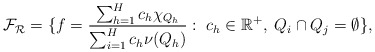
\begin{align*}\mathcal{F}_{\mathcal{R}}&= \{f=\frac{\sum_{h=1}^{H}c_h\chi_{Q_h}}{\sum_{i=1}^{H}c_h\nu(Q_h)}:\; c_h \in \mathbb{R}^+, \; Q_i \cap Q_j=\emptyset\},\end{align*}